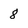
Character: 8